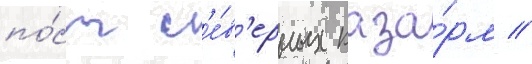
по́ст с'е́в'ерных каза́рм //